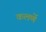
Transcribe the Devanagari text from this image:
कलणें